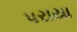
પરાયા